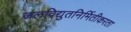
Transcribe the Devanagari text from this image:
जलविद्युतनिर्मितीकरता